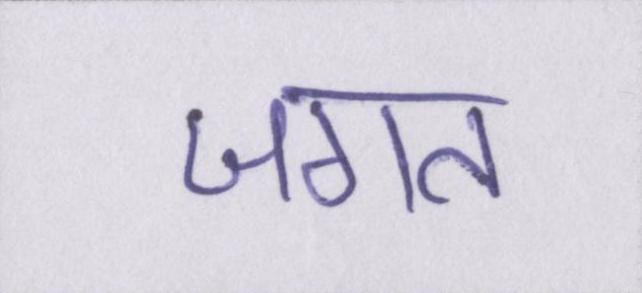
जगत